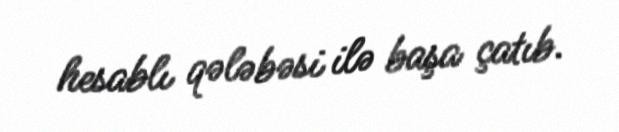
hesablı qələbəsi ilə başa çatıb.